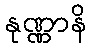
နုဏ္ဏာနိ